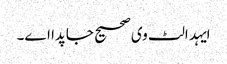
ایہد الٹ وی صحیح جاپدا اے۔